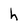
Character: h